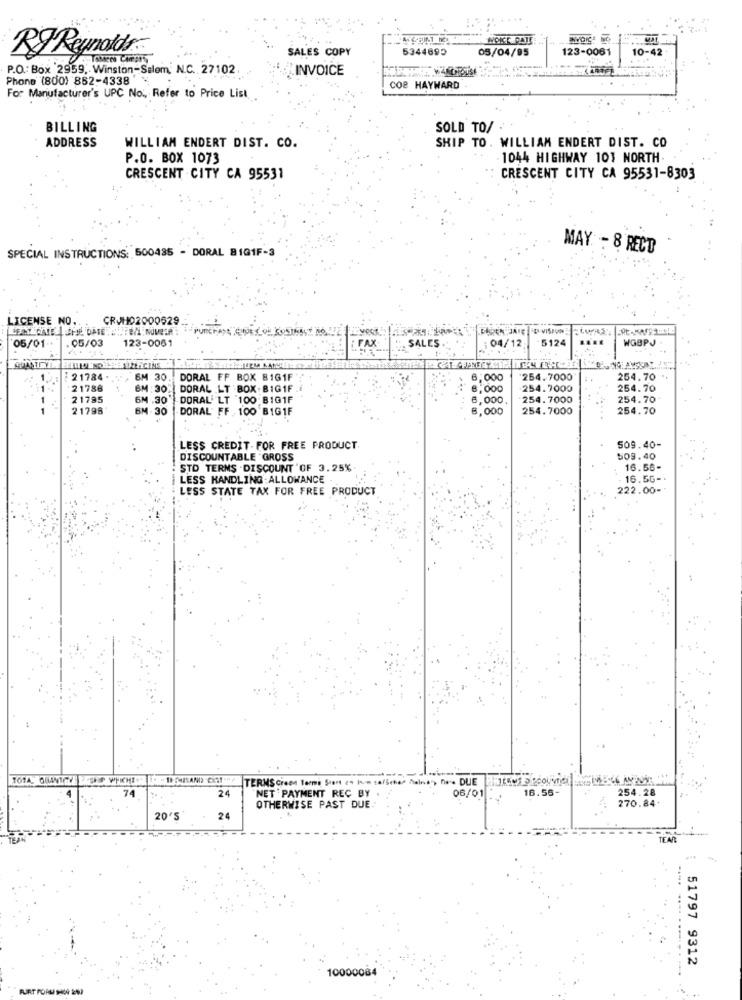
NOIKE PATE
RJ Reynolds ..
SALES COPY
5344695
05/04/95
123-0061
10-42
P.O .: Box 2959, Winston-Salem; N.C. 27102.
INVOICE
Phone (800) 852-4338'
COe HAYWARD
For Manufacturer's UPC No ., Refer to Price List
BILLING
SOLD TO/ ·
ADDRESS
SKIP TO. WILLIAM ENDERT DIST. CO
WILLIAM ENDERT DIST. CO.
P.O. BOX 1073
1044 HIGHWAY 101 NORTH
CRESCENT CITY CA 95531
CRESCENT CITY CA 95531-8303
SPECIAL INSTRUCTIONS: 500435 - DORAL 8101F-3
MAY - 8 RECT
LICENSE NO
CR4H02000629
vect
PUREN JATE D VISION
05/03
123-0061
FAX
SALES
04/12
5124
WGBPJ
05/01
MERCINS
21784
6M 30
DORAL FF BOX BIG1F
6,000
254.7000
254.70
21786
30
DORAL LT BOX .BIG1F
8,000
254.7000
254.70
21795
DORAL' LT 100 BIG1F
6,000
254.7000
254.70
21798
DORAL" FF , 100 BIG1F
8,000
254.7000
254.70
LESS CREDIT-FOR FREE PRODUCT.
509.40-
DISCOUNTABLE GROSS
509.40
STD TERMS . DISCOUNT OF 3.25%.
16.56-
LESS HANDLING ALLOWANCE
16.56 -.
LESS STATE TAX FOR FREE PRODUCT
222.00-
16.56-
254.28
24
NET PAYMENT REC BY
06/01
270.84+
OTHERWISE PAST DUE
20'5
24
51797 9312
10000084
FURT FOR